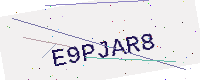
Text: E9PJAR8